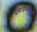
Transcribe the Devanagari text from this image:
समाजसेवकांचा